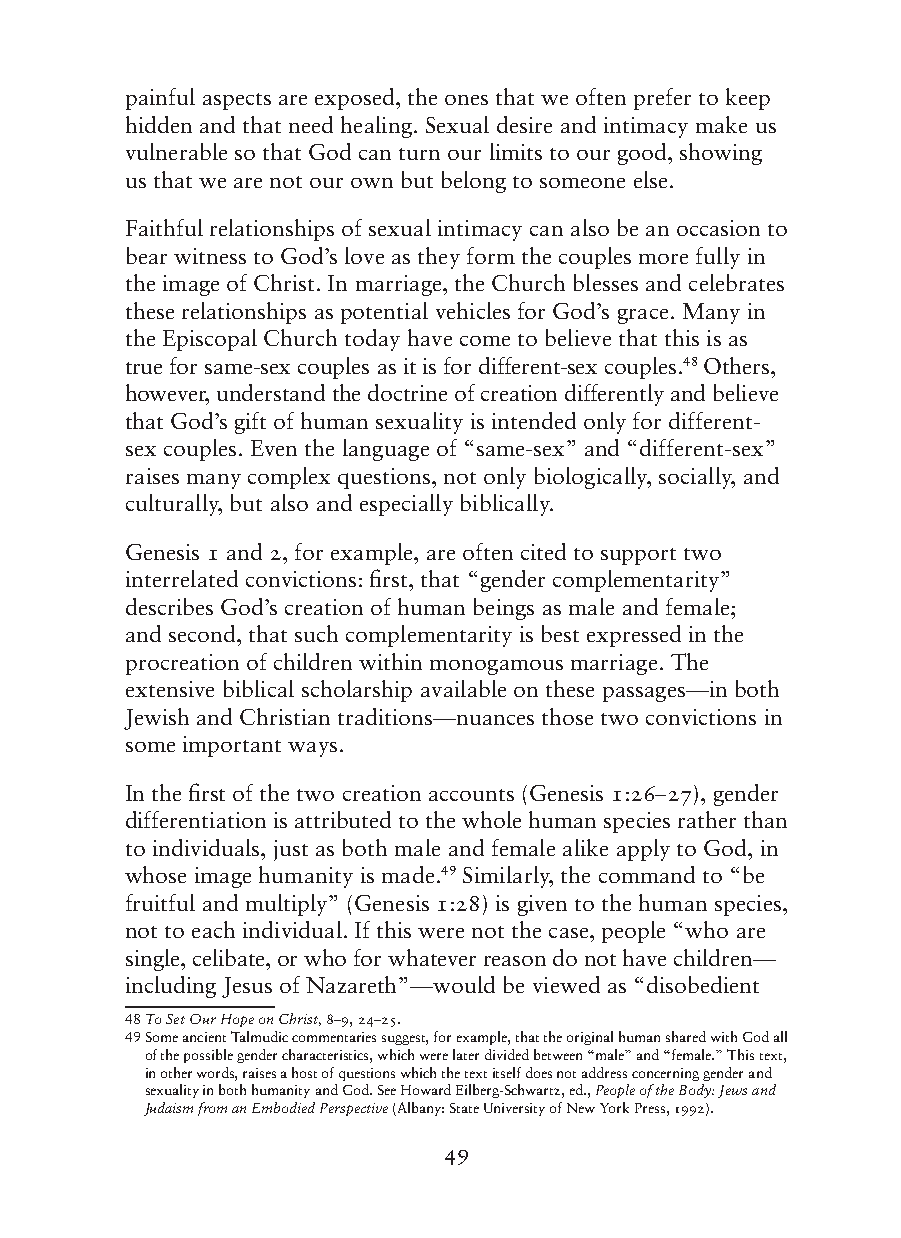
painful aspects are exposed, the ones that we often prefer to keep
 hidden and that need healing. Sexual desire and intimacy make us
 vulnerable so that God can turn our limits to our good, showing
 us that we are not our own but belong to someone else.
 Faithful relationships of sexual intimacy can also be an occasion to
 bear witness to God’s love as they form the couples more fully in
 the image of Christ. In marriage, the Church blesses and celebrates
 these relationships as potential vehicles for God’s grace. Many in
 the Episcopal Church today have come to believe that this is as
 true for same-sex couples as it is for different-sex couples.48 Others,
 however, understand the doctrine of creation differently and believe
 that God’s gift of human sexuality is intended only for different-
 sex couples. Even the language of “same-sex” and “different-sex”
 raises many complex questions, not only biologically, socially, and
 culturally, but also and especially biblically.
 Genesis 1 and 2, for example, are often cited to support two
 interrelated convictions: first, that “gender complementarity”
 describes God’s creation of human beings as male and female;
 and second, that such complementarity is best expressed in the
 procreation of children within monogamous marriage. The
 extensive biblical scholarship available on these passages—in both
 Jewish and Christian traditions—nuances those two convictions in
 some important ways.
 In the first of the two creation accounts (Genesis 1:26–27), gender
 differentiation is attributed to the whole human species rather than
 to individuals, just as both male and female alike apply to God, in
 whose image humanity is made.49 Similarly, the command to “be
 fruitful and multiply” (Genesis 1:28) is given to the human species,
 not to each individual. If this were not the case, people “who are
 single, celibate, or who for whatever reason do not have children—
 including Jesus of Nazareth”—would be viewed as “disobedient
 48 To Set Our Hope on Christ, 8–9, 24–25.
 49 S ome ancient Talmudic commentaries suggest, for example, that the original human shared with God all
 of the possible gender characteristics, which were later divided between “male” and “female.” This text,
 in other words, raises a host of questions which the text itself does not address concerning gender and
 sexuality in both humanity and God. See Howard Eilberg-Schwartz, ed., People of the Body: Jews and
 Judaism from an Embodied Perspective (Albany: State University of New York Press, 1992).
 49